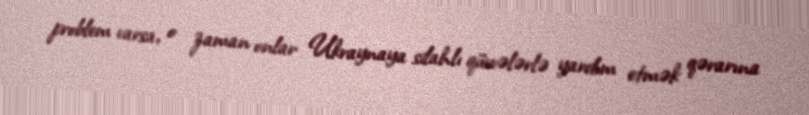
problem varsa, o zaman onlar Ukraynaya silahlı qüvvələrlə yardım etmək qərarına